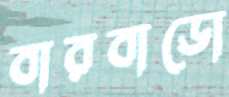
বারবাডো